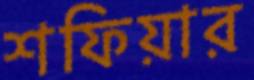
শফিয়ার